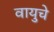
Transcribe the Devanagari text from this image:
वायुचे